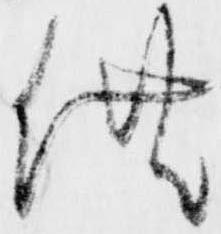
供